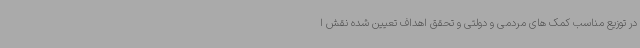
در توزیع مناسب کمک های مردمی و دولتی و تحقق اهداف تعیین شده نقش ا